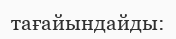
тағайындайды: